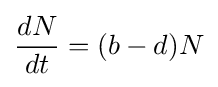
{\frac {dN}{dt}}=(b-d)N